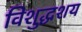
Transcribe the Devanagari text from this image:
विशुद्धशय